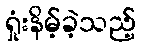
ရှုံးနိမ့်ခဲ့သည့်